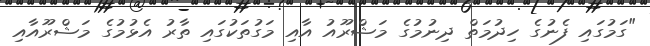
"ގަމުގައި ފެނުގެ ހިދުމަތް ދިނުމުގެ މަޝްރޫއު އާއި މަގުތަކުގައި ތާރު އެޅުމުގެ މަޝްރޫއާއި